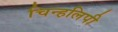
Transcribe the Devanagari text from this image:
चिन्हलिपी